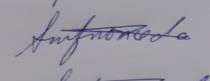
Signature authenticity: genuine